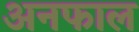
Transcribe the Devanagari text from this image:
अनफाल